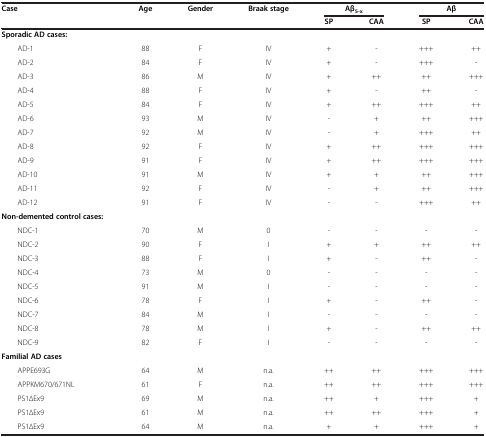
<table><thead><tr><td><b>Case</b></td><td><b>Age</b></td><td><b>Gender</b></td><td><b>Braak stage</b></td><td colspan="2"><b>Aβ<sub>5-x</sub></b></td><td colspan="2"><b>Aβ</b></td></tr><tr><td><b> </b></td><td><b> </b></td><td><b> </b></td><td><b> </b></td><td><b>SP</b></td><td><b>CAA</b></td><td><b>SP</b></td><td><b>CAA</b></td></tr></thead><tbody><tr><td><b>Sporadic AD cases:</b></td><td> </td><td> </td><td> </td><td> </td><td> </td><td> </td><td> </td></tr><tr><td>AD-1</td><td>88</td><td>F</td><td>IV</td><td>+</td><td>-</td><td>+++</td><td>++</td></tr><tr><td>AD-2</td><td>84</td><td>F</td><td>IV</td><td>+</td><td>-</td><td>+++</td><td>-</td></tr><tr><td>AD-3</td><td>86</td><td>M</td><td>IV</td><td>+</td><td>++</td><td>++</td><td>+++</td></tr><tr><td>AD-4</td><td>88</td><td>F</td><td>IV</td><td>+</td><td>-</td><td>++</td><td>-</td></tr><tr><td>AD-5</td><td>84</td><td>F</td><td>IV</td><td>+</td><td>++</td><td>+++</td><td>++</td></tr><tr><td>AD-6</td><td>93</td><td>M</td><td>IV</td><td>-</td><td>+</td><td>++</td><td>+++</td></tr><tr><td>AD-7</td><td>92</td><td>M</td><td>IV</td><td>-</td><td>+</td><td>+++</td><td>++</td></tr><tr><td>AD-8</td><td>92</td><td>F</td><td>IV</td><td>+</td><td>++</td><td>+++</td><td>+++</td></tr><tr><td>AD-9</td><td>91</td><td>F</td><td>IV</td><td>+</td><td>++</td><td>+++</td><td>+++</td></tr><tr><td>AD-10</td><td>91</td><td>M</td><td>IV</td><td>+</td><td>+</td><td>++</td><td>+++</td></tr><tr><td>AD-11</td><td>92</td><td>F</td><td>IV</td><td>-</td><td>+</td><td>++</td><td>+++</td></tr><tr><td>AD-12</td><td>91</td><td>F</td><td>IV</td><td>-</td><td>-</td><td>+++</td><td>++</td></tr><tr><td><b>Non-demented control cases:</b></td><td> </td><td> </td><td> </td><td> </td><td> </td><td> </td><td> </td></tr><tr><td>NDC-1</td><td>70</td><td>M</td><td>0</td><td>-</td><td>-</td><td>-</td><td>-</td></tr><tr><td>NDC-2</td><td>90</td><td>F</td><td>I</td><td>+</td><td>+</td><td>++</td><td>++</td></tr><tr><td>NDC-3</td><td>88</td><td>F</td><td>I</td><td>+</td><td>-</td><td>++</td><td>-</td></tr><tr><td>NDC-4</td><td>73</td><td>M</td><td>0</td><td>-</td><td>-</td><td>-</td><td>-</td></tr><tr><td>NDC-5</td><td>91</td><td>M</td><td>I</td><td>-</td><td>-</td><td>-</td><td>-</td></tr><tr><td>NDC-6</td><td>78</td><td>F</td><td>I</td><td>+</td><td>-</td><td>++</td><td>-</td></tr><tr><td>NDC-7</td><td>84</td><td>M</td><td>I</td><td>-</td><td>-</td><td>-</td><td>-</td></tr><tr><td>NDC-8</td><td>78</td><td>M</td><td>I</td><td>+</td><td>-</td><td>++</td><td>++</td></tr><tr><td>NDC-9</td><td>82</td><td>F</td><td>I</td><td>-</td><td>-</td><td>-</td><td>-</td></tr><tr><td><b>Familial AD cases</b></td><td> </td><td> </td><td> </td><td> </td><td> </td><td> </td><td> </td></tr><tr><td>APPE693G</td><td>64</td><td>M</td><td>n.a.</td><td>++</td><td>++</td><td>+++</td><td>+++</td></tr><tr><td>APPKM670/671NL</td><td>61</td><td>F</td><td>n.a.</td><td>++</td><td>++</td><td>+++</td><td>+++</td></tr><tr><td>PS1∆Ex9</td><td>69</td><td>M</td><td>n.a.</td><td>++</td><td>+</td><td>+++</td><td>+</td></tr><tr><td>PS1∆Ex9</td><td>61</td><td>M</td><td>n.a.</td><td>++</td><td>++</td><td>+++</td><td>+</td></tr><tr><td>PS1∆Ex9</td><td>64</td><td>M</td><td>n.a.</td><td>+</td><td>+</td><td>+++</td><td>+</td></tr></tbody></table>